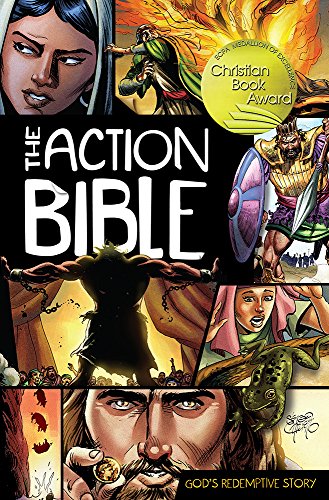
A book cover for The Action Bible; Christian Books & Bibles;